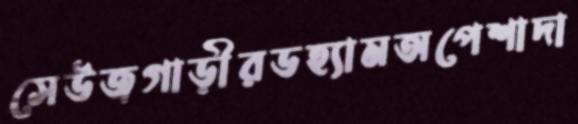
সেউজগাড়ীরডহ্যামঅপেশাদা